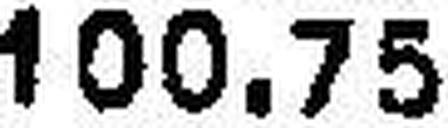
100.75